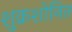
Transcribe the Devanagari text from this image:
शुक्रशोनित